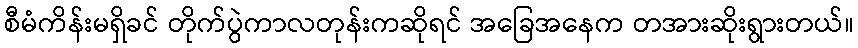
စီမံကိန်းမရှိခင် တိုက်ပွဲကာလတုန်းကဆိုရင် အခြေအနေက တအားဆိုးရွားတယ်။